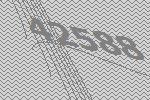
42588